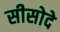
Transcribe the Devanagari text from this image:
सीसोदे